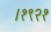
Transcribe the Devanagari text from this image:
।१९२१